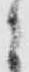
之